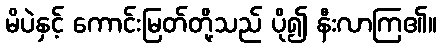
မိပဲနှင့် ကောင်းမြတ်တို့သည် ပို၍ နီးလာကြ၏။